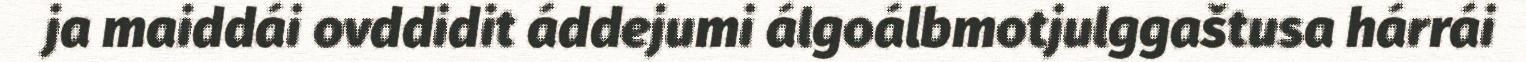
ja maiddái ovddidit áddejumi álgoálbmotjulggaštusa hárrái